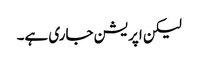
لیکن اپریشن جاری ہے۔